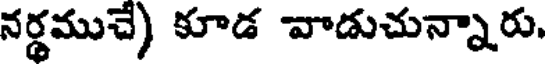
నర్థముచే) కూడ వాడుచున్నారు.